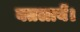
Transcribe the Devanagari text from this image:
बतलायें।